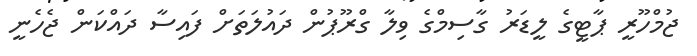
ޖުމްހޫރީ ޕާޓީގެ ލީޑަރު ގާސިމްގެ ވިލާ ގްރޫޕުން ދައުލަތަށް ފައިސާ ދައްކަން ޖެހެނީ